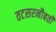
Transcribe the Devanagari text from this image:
तटसरनौबती